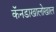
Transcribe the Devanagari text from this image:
कॅनडाखालोखाल